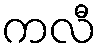
ကလီ